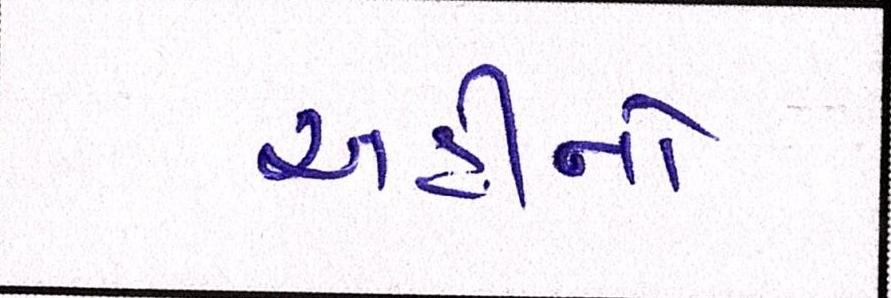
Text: અહીંનો